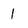
Character: 1